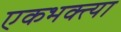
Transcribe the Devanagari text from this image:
एकभक्त्या